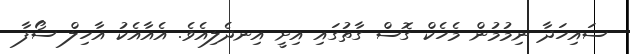
ސައިހަދާ ނިމުމުން މެހެކް ގޮސް ގާތުގައި އިށީ އިނދެލިއެވެ. އެއާއެކު އާހިލް ސޯފާ